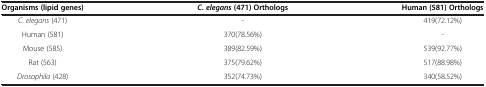
<table><thead><tr><td><b>Organisms (lipid genes)</b></td><td><b><i>C</i>. <i>elegans </i>(471) Orthologs</b></td><td><b>Human (581) Orthologs</b></td></tr></thead><tbody><tr><td><i>C</i>. <i>elegans</i> (471)</td><td>-</td><td>419(72.12%)</td></tr><tr><td>Human (581)</td><td>370(78.56%)</td><td>-</td></tr><tr><td>Mouse (585)</td><td>389(82.59%)</td><td>539(92.77%)</td></tr><tr><td>Rat (563)</td><td>375(79.62%)</td><td>517(88.98%)</td></tr><tr><td><i>Drosophila</i> (428)</td><td>352(74.73%)</td><td>340(58.52%)</td></tr></tbody></table>